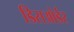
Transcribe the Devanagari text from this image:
डिसओर्डर